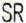
SR